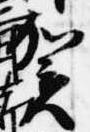
賀